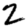
Digit: 2